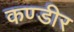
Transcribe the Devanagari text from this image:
कण्डीर